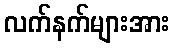
လက်နက်များအား